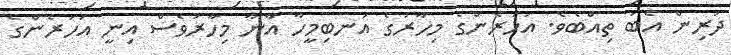
ދަރިން އެބަ ތިއްބެވެ. އަހަރެންގެ މިހާރުގެ އަނބިމީހާ އާނާ މިހާރުވެސް އިނީ އަހަރެންގެ